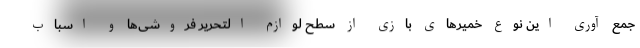
جمع آوری این نوع خمیر‌های بازی از سطح لوازم التحریر فروشی‌ها و اسباب